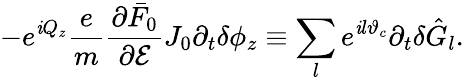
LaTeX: -e^{\mathit{i}Q_{z}}\frac{{e}}{{m}}\frac{{\partial\bar{{F}}_{0}}}{{\partial\mathcal{{E}}}}J_{0}\partial_{t}\delta\phi_{z}\equiv\sum_{l}e^{\mathit{i}l\vartheta_{c}}\partial_{t}\delta\hat{{G}}_{l}.